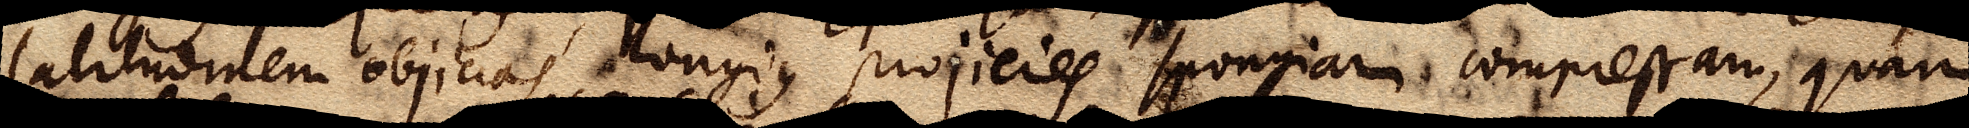
chartae latitudinem objicias, longius projicies spongiam compressam, quam